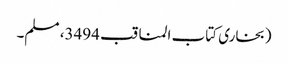
(بخاری کتاب المناقب 3494، مسلم۔